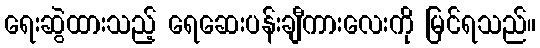
ရေးဆွဲထားသည့် ရေဆေးပန်းချီကားလေးကို မြင်ရသည်။